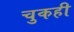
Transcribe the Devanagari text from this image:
चुकही